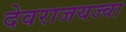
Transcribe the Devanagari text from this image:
देवराजयज्वा